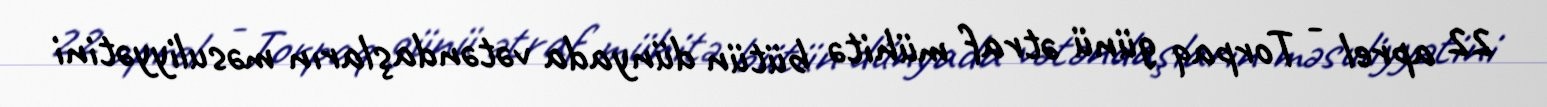
22 aprel - Torpaq günü ətraf mühitə bütün dünyada vətəndaşların məsuliyyətini